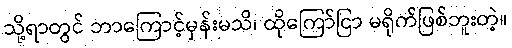
သို့ရာတွင် ဘာကြောင့်မှန်းမသိ၊ ထိုကြော်ငြာ မရိုက်ဖြစ်ဘူးတဲ့။